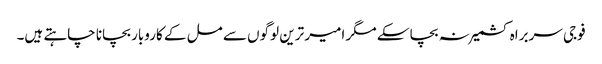
فوجی سربراہ کشمیر نہ بچا سکے مگر امیر ترین لوگوں سے مل کے کاروبار بچانا چاہتے ہیں۔